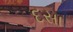
દસા